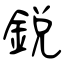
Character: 銳